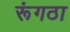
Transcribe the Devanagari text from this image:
रूंगठा